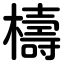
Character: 檮